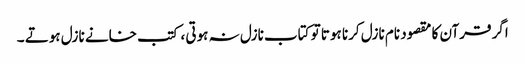
اگر قرآن کا مقصود نام نازل کرنا ہوتا تو کتاب نازل نہ ہوتی ، کتب خانے نازل ہوتے ۔